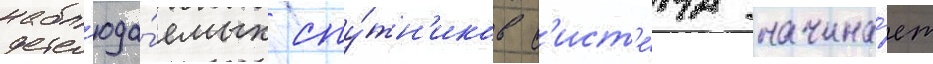
набл'юда́емых спу́тн'иков с'ист'е́ма начина́ет